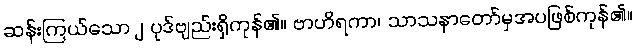
ဆန်းကြယ်သောျ ပုဒ်ဗျည်းရှိကုန်၏။ ဗာဟိရကာ၊ သာသနာတော်မှအပဖြစ်ကုန်၏။